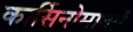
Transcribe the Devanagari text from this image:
कार्सिनोमाओं